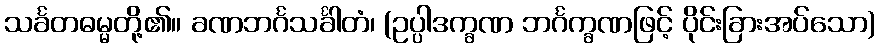
သင်္ခတဓမ္မတို့၏။ ခဏဘင်္ဂသင်္ခါတံ၊ (ဥပ္ပါဒက္ခဏ ဘင်္ဂက္ခဏဖြင့် ပိုင်းခြားအပ်သော)